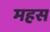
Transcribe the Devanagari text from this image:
महस